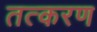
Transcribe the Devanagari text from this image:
तत्करण